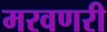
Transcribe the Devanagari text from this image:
मरवणरी